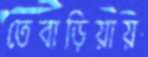
তেবাড়িয়ায়